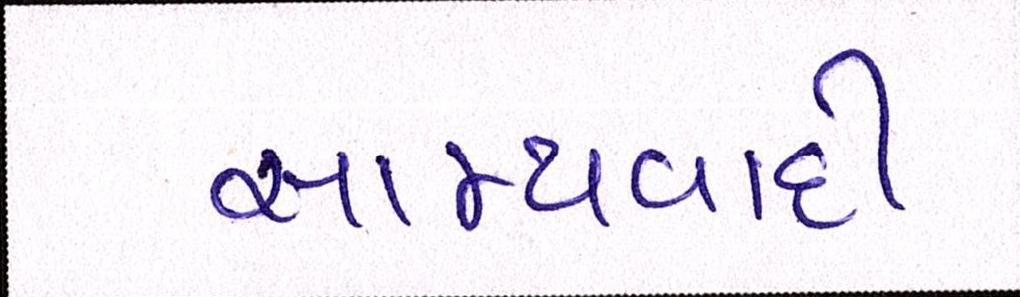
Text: સામ્યવાદી